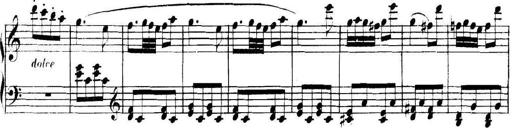
Title: Collected Piano Sonatas
Composer: Muzio Clementi